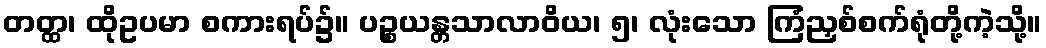
တတ္ထ၊ ထိုဥပမာ စကားရပ်၌။ ပဉ္စယန္တသာလာဝိယ၊ ၅၊ လုံးသော ကြံညှစ်စက်ရုံတို့ကဲ့သို့။